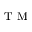
\textsuperscript { T M }